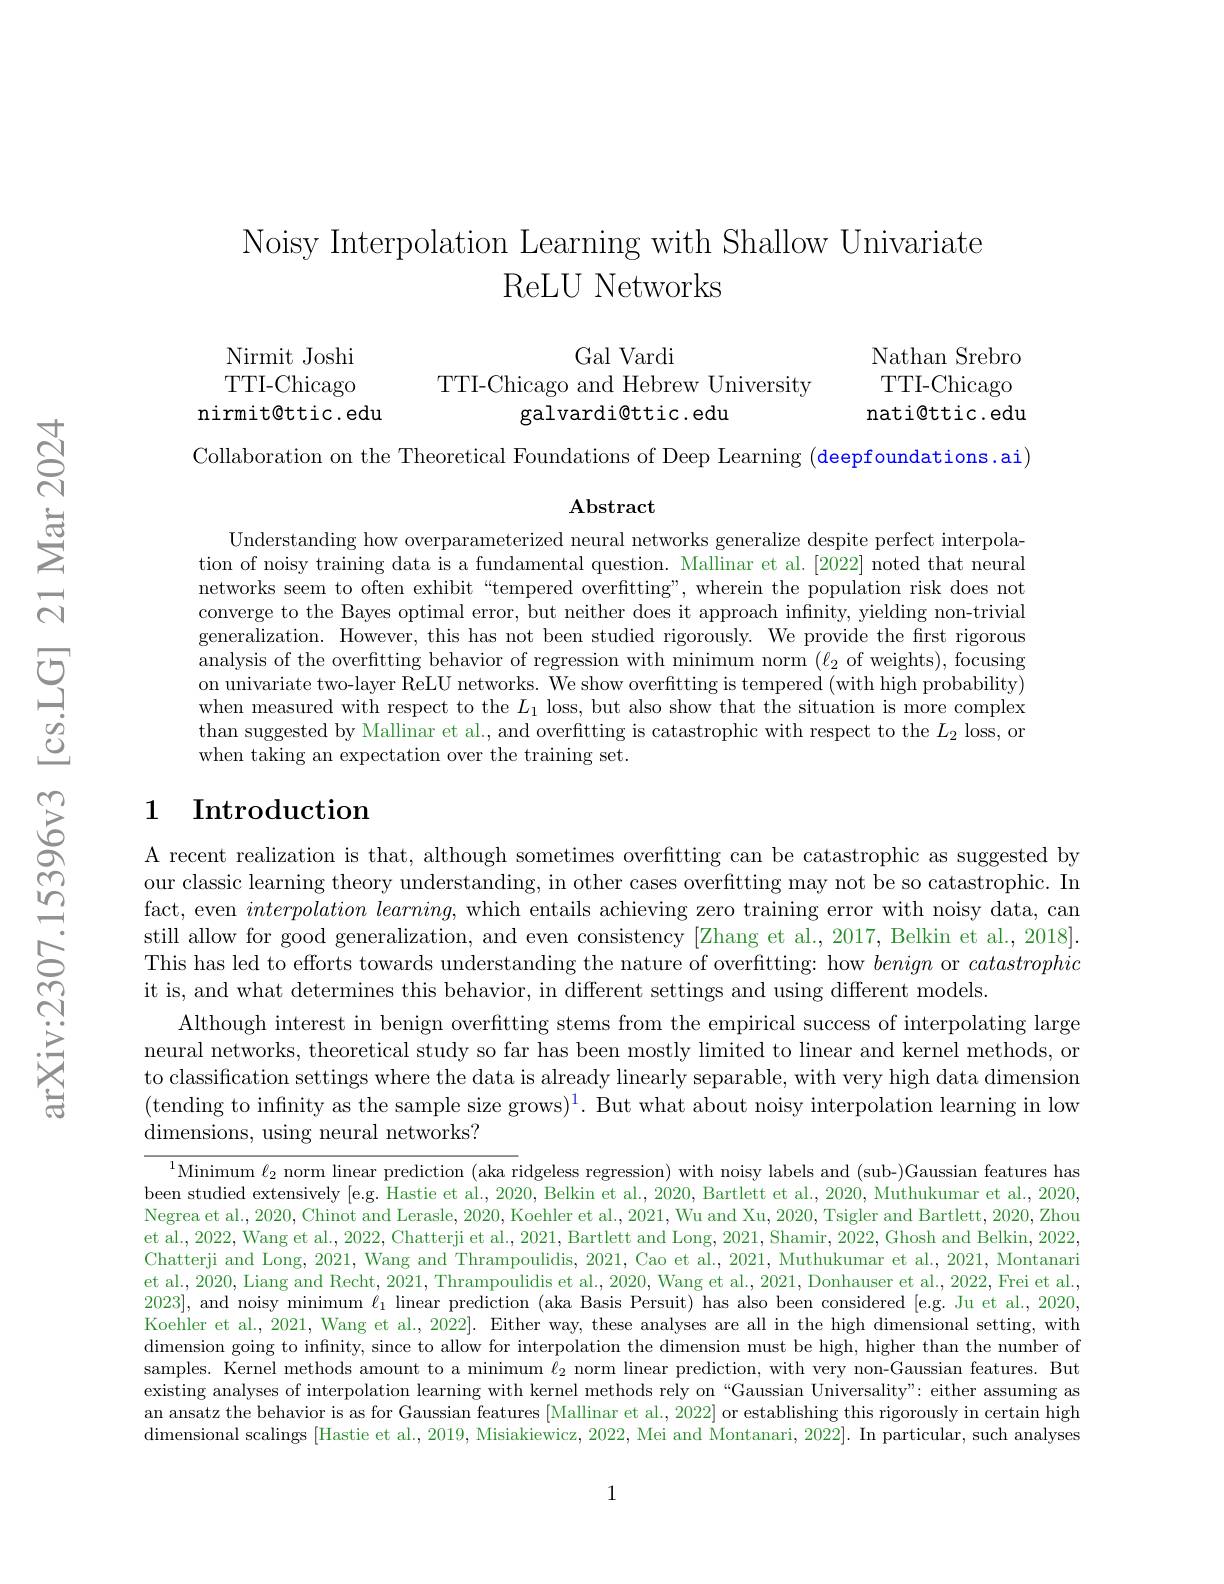
# Noisy Interpolation Learning with Shallow Univariate ReLU Networks

Nathan Srebro TTI-Chicago nati@ttic.edu

Gal Vardi
TTI-Chicago and Hebrew University
galvardi@ttic.edu

Nirmit Joshi TTI-Chicago
nirmit@ttic.edu

Collaboration on the Theoretical Foundations of Deep Learning (deepfoundations.ai)

$\mathbf{Abstract}$

Understanding how overparameterized neural networks generalize despite perfect interpolation of noisy training data is a fundamental question. Mallinar et al.[2022] noted that neural networks seem to often exhibit“tempered overfitting”, wherein the population risk does not converge to the Bayes optimal error, but neither does it approach infinity, yielding non-trivial generalization. However, this has not been studied rigorously. We provide the first rigorous analysis of the overfitting behavior of regression with minimum norm $(\ell_2$ of weights),focusing on univariate two-layer ReLU networks. We show overfitting is tempered (with high probability) when measured with respect to the $L_1$ loss, but also show that the situation is more complex than suggested by Mallinar et al., and overfitting is catastrophic with respect to the $L_2$ loss, or when taking an expectation over the training set.

## 1 Introduction

A recent realization is that, although sometimes overfitting can be catastrophic as suggested by our classic learning theory understanding, in other cases overfitting may not be so catastrophic. In fact, even $interpolation\textit{ learning, which entails achieving zero training error with noisy data, can}$ still allow for good generalization, and even consistency [Zhang et al., 2017, Belkin et al., 2018]. This has led to efforts towards understanding the nature of overfitting: how benign or catastrophic it is, and what determines this behavior, in different settings and using different models.
Although interest in benign overfitting stems from the empirical success of interpolating large neural networks, theoretical study so far has been mostly limited to linear and kernel methods, or to classification settings where the data is already linearly separable, with very high data dimension (tending to infinity as the sample size grows$)^1.$ But what about noisy interpolation learning in low dimensions, using neural networks?

$^1$Minimum $\ell_2$ norm linear prediction (aka ridgeless regression) with noisy labels and (sub-)Gaussian features has been studied extensively [e.g. Hastie et al., 2020, Belkin et al., 2020, Bartlett et al., 2020, Muthukumar et al., 2020, $\begin{aligned}\text{Negrea et al., 2020, Chinot and Lerasle, 2020, Koehler et al., 2021, Wu and Xu, 2020, Tsigler and Bartlett, 2020, Zhou}\end{aligned}$ et al., 2022, Wang et al., 2022, Chatterji et al., 2021, Bartlett and Long, 2021, Shamir, 2022, Ghosh and Belkin, 2022, Chatterji and Long, 2021, Wang and Thrampoulidis, 2021, Cao et al., 2021, Muthukumar et al., 2021, Montanari et al. ,2020, Liang and Recht, 2021, Thrampoulidis et al., 2020, Wang et al.,2021, Donhauser et al.,2022, Frei et al. 2023], and noisy minimum $\ell_1$ linear prediction (aka Basis Persuit) has also been considered [e.g. Ju et al., 2020, Koehler et al., 2021, Wang et al., 2022]. Either way, these analyses are all in the high dimensional setting, with dimension going to infinity, since to allow for interpolation the dimension must be high, higher than the number of samples. Kernel methods amount to a minimum $\ell_2$ norm linear prediction, with very non-Gaussian features. But existing analyses of interpolation learning with kernel methods rely on“Gaussian Universality”: either assuming as an ansatz the behavior is as for Gaussian features [Mallinar et al., 2022] or establishing this rigorously in certain high dimensional scalings [Hastie et al.,2019, Misiakiewicz,2022, Mei and Montanari, 2022]. In particular, such analyses

1